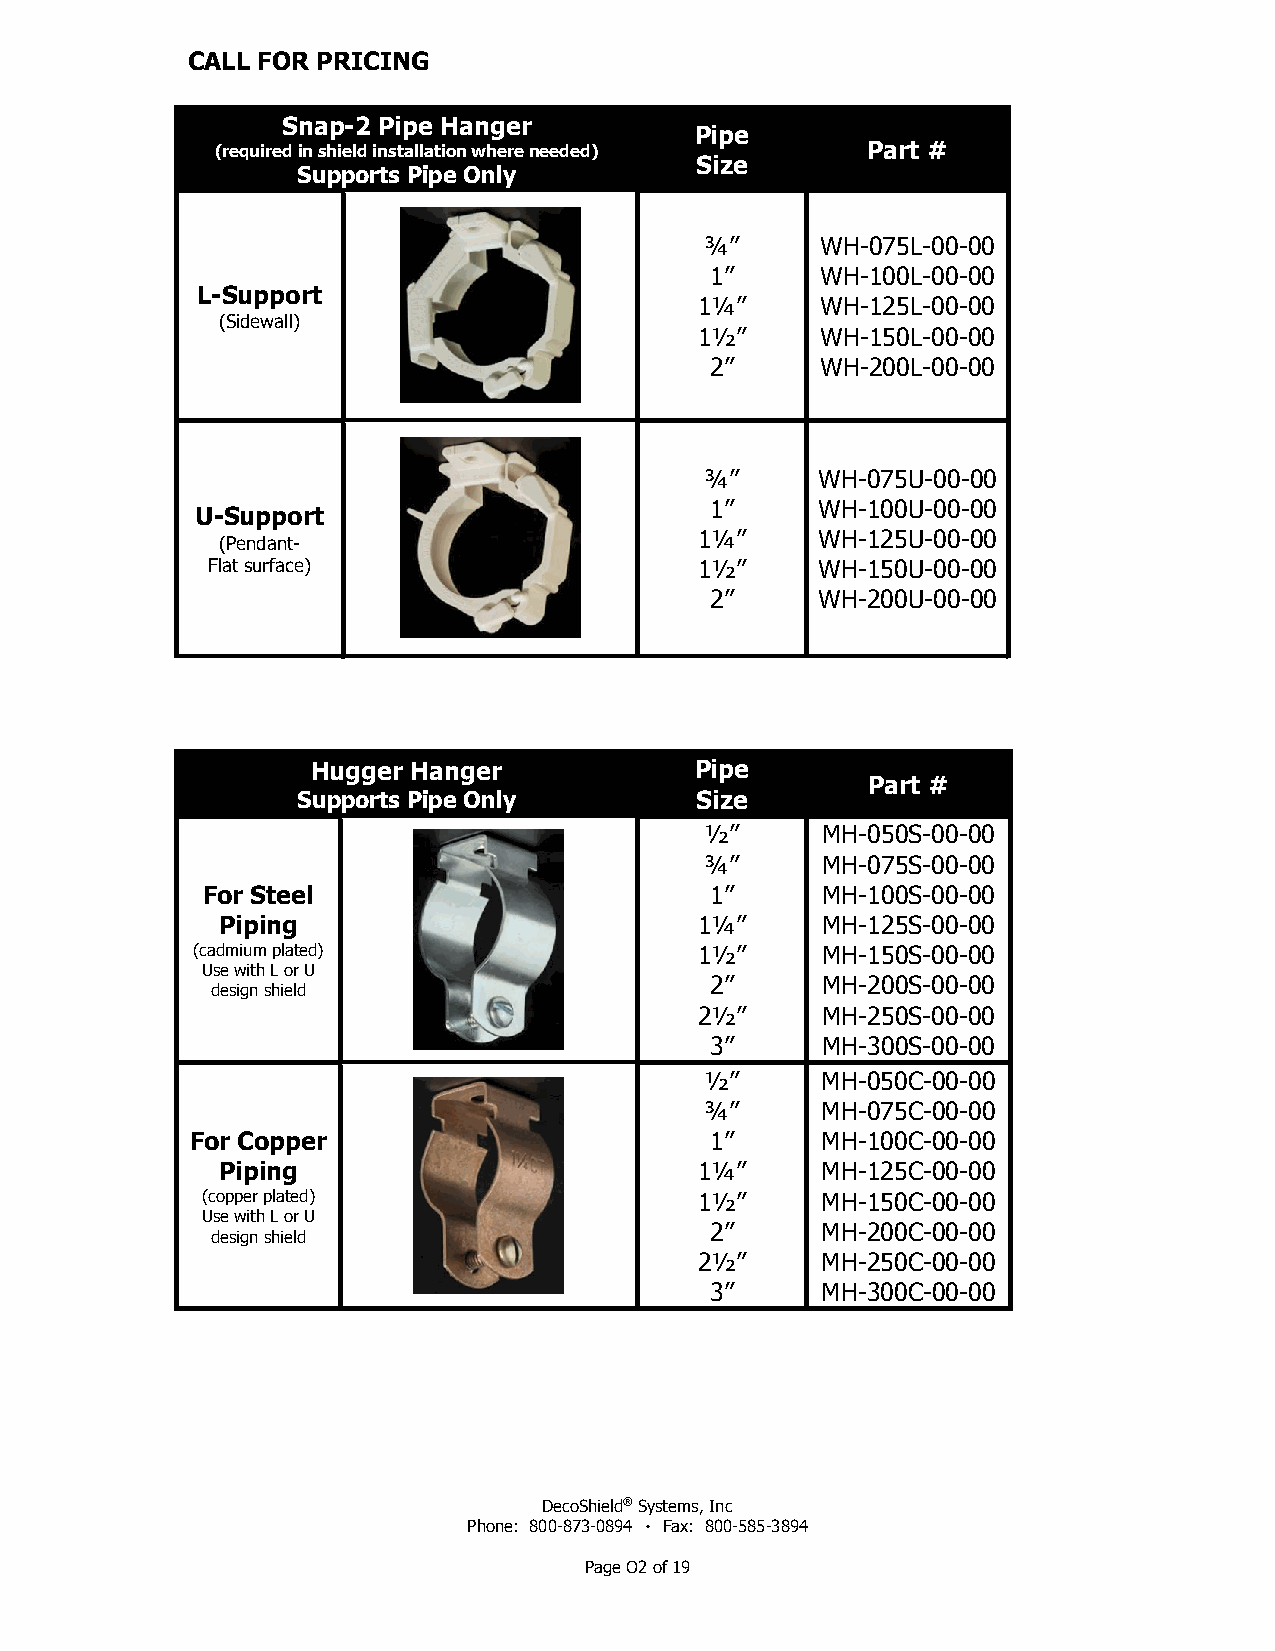
CALL FOR PRICING
 Snap-2 Pipe Hanger
 Pipe
 (required in shield installation where needed) Part #
 Size
 Supports Pipe Only
 ¾”     WH-075L-00-00
 1”     WH-100L-00-00
 L-Support
 1¼”     WH-125L-00-00
 (Sidewall)
 1½”     WH-150L-00-00
 2”     WH-200L-00-00
 ¾”     WH-075U-00-00
 1”     WH-100U-00-00
 U-Support
 1¼”     WH-125U-00-00
 (Pendant-
 Flat surface)                   1½”     WH-150U-00-00
 2”     WH-200U-00-00
 Hugger Hanger            Pipe
 Part #
 Supports Pipe Only        Size
 ½”     MH-050S-00-00
 ¾”     MH-075S-00-00
 For Steel                         1”     MH-100S-00-00
 Piping                          1¼”     MH-125S-00-00
 (cadmium plated)                 1½”     MH-150S-00-00
 Use with L or U
 2”     MH-200S-00-00
 design shield
 2½”     MH-250S-00-00
 3”     MH-300S-00-00
 ½”     MH-050C-00-00
 ¾”     MH-075C-00-00
 For Copper                        1”     MH-100C-00-00
 Piping                          1¼”     MH-125C-00-00
 (copper plated)                  1½”     MH-150C-00-00
 Use with L or U
 2”     MH-200C-00-00
 design shield
 2½”     MH-250C-00-00
 3”     MH-300C-00-00
 DecoShield® Systems, Inc
 Phone: 800-873-0894 ٠ Fax: 800-585-3894
 Page O2 of 19